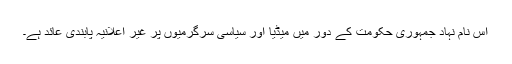
اس نام نہاد جمہوری حکومت کے دور میں میڈیا اور سیاسی سرگرمیوں پر غیر اعلانیہ پابندی عائد ہے۔